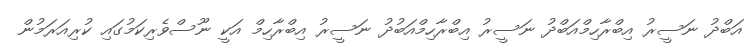
އަބްދު ނަސީރު އިބްރާހިމްއަބްދު ނަސީރު އިބްރާހިމްއަބުދު ނަސީރު އިބްރާހިމް އަކީ ނޫސްވެރިކަމުގައި ކުރިއަރަމުން